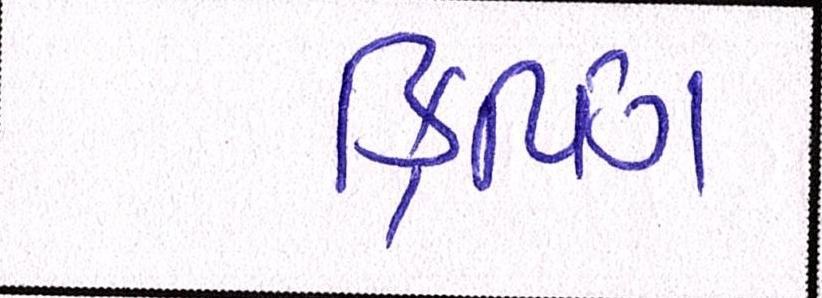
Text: ક્રિપિંગ